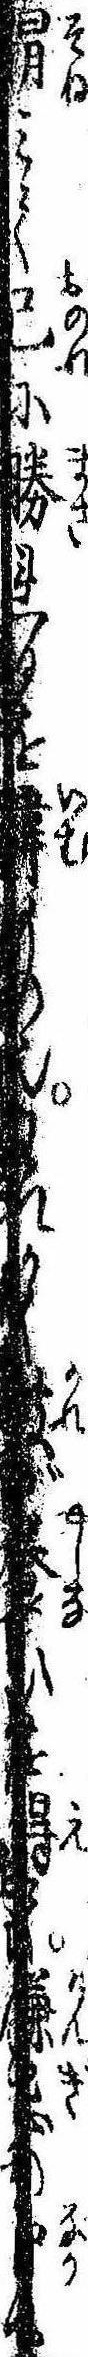
狷みて己に勝れるを諱もの也われかく彼が養ひを得て嫌忌の中に